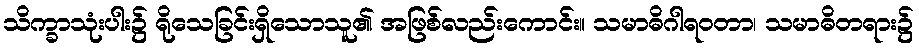
သိက္ခာသုံးပါး၌ ရိုသေခြင်းရှိသောသူ၏ အဖြစ်လည်းကောင်း။ သမာဓိဂါရဝတာ၊ သမာဓိတရား၌